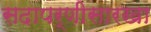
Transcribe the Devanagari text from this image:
सदापर्णीसारखा